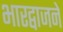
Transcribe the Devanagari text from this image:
भारद्वाजने